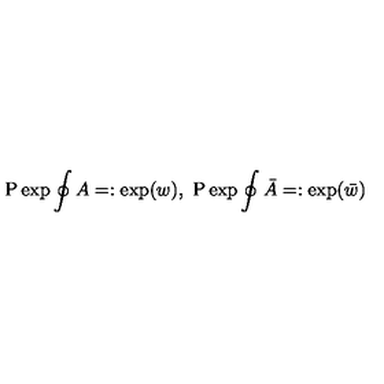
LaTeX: \mathrm { P } \exp \oint A = : \exp ( w ) , \ \mathrm { P } \exp \oint \bar { A } = : \exp ( \bar { w } )